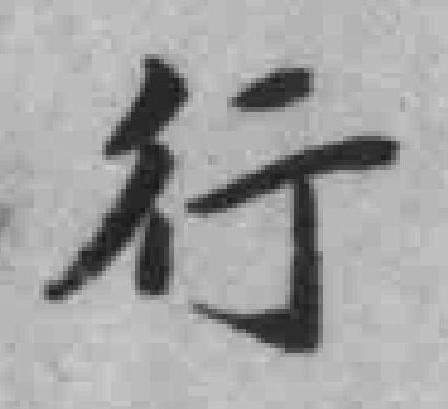
行